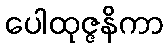
ပေါထုဇ္ဇနိကာ